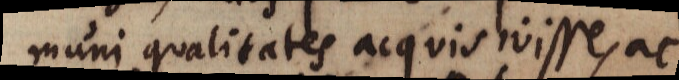
muni qualitates acquisivisse, ac